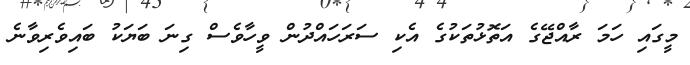
މީގައި ހަމަ ރާއްޖޭގެ އަތޮޅުތަކުގެ އެކި ސަރަހައްދުން ވީހާވެސް ގިނަ ބަޔަކު ބައިވެރިވާނެ